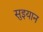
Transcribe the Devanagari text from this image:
सुइयान